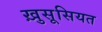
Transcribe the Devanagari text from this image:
ख़ुसूसियत